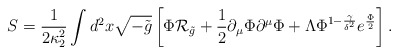
\begin{align*}S={1\over{2\kappa^2_2}}\int d^2x\sqrt{-\tilde{g}}\left[\Phi{\cal R}_{\tilde{g}}+{1\over 2}\partial_{\mu}\Phi\partial^{\mu}\Phi+\Lambda\Phi^{1-{\gamma\over{\delta^2}}}e^{\Phi\over 2}\right].\end{align*}